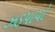
ઝડપાયો